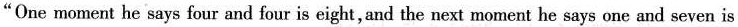
"One moment he says four and four is eight, and the next moment he says one and seven is